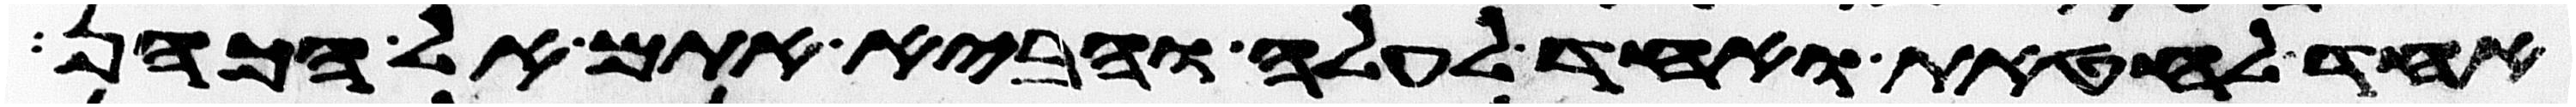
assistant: אחד לחטאת ואחד לעלה והביא אתם אל הכהן